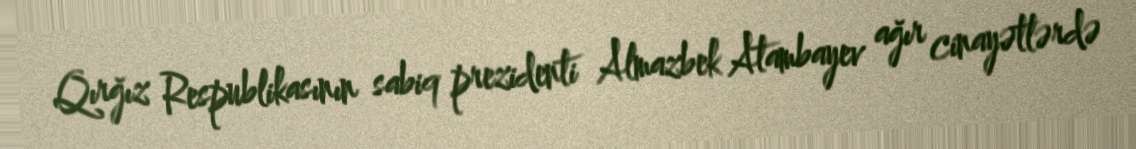
Qırğız Respublikasının sabiq prezidenti Almazbek Atambayev ağır cinayətlərdə